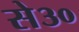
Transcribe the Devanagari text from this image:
से३०